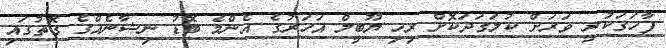
ފާހަގަކުރީ ވަރަށް ކުލަގަދަކޮށް ރިހި ޔޫބީލް އަހަރުގެ އެންމެ ބޮޑު ނިޝާނެއްގެ ގޮތުގައި